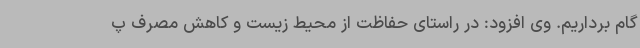
گام برداریم. وی افزود: در راستای حفاظت از محیط زیست و کاهش مصرف پ